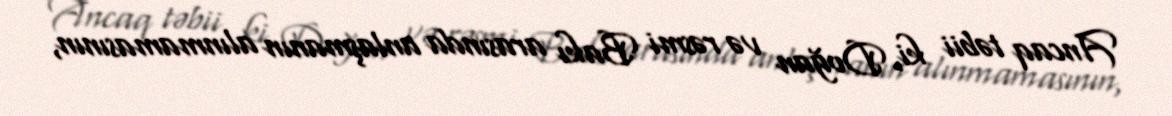
Ancaq təbii ki, Doğan və rəsmi Bakı arasında anlaşmanın alınmamasının,